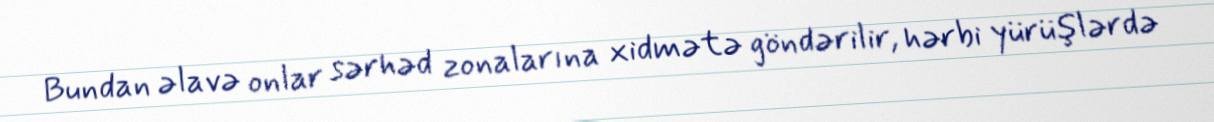
Bundan əlavə onlar sərhəd zonalarına xidmətə göndərilir, hərbi yürüşlərdə